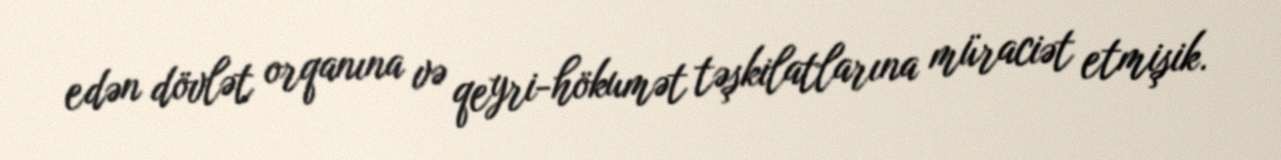
edən dövlət orqanına və qeyri-hökumət təşkilatlarına müraciət etmişik.